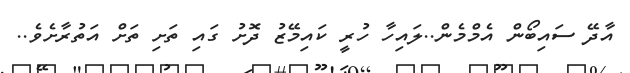
އާދޭ ސައިބޯން އެމްމެން..ލައިހާ ހުރީ ކައިމޭޒު ދޮށު ގައި ތަށި ތަށް އަތުރާށެވެ..